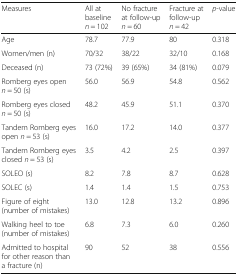
| Measures | All at baseline n = 102 | No fracture at follow-up n = 60 | Fracture at follow-up n = 42 | p-value |
 | --- | --- | --- | --- | --- |
 | Age | 78.7 | 77.9 | 80 | 0.318 |
 | Women/men (n) | 70/32 | 38/22 | 32/10 | 0.168 |
 | Deceased (n) | 73 (72%) | 39 (65%) | 34 (81%) | 0.079 |
 | Romberg eyes open n = 50 (s) | 56.0 | 56.9 | 54.8 | 0.562 |
 | Romberg eyes closed n = 50 (s) | 48.2 | 45.9 | 51.1 | 0.370 |
 | Tandem Romberg eyes open n = 53 (s) | 16.0 | 17.2 | 14.0 | 0.377 |
 | Tandem Romberg eyes closed n = 53 (s) | 3.5 | 4.2 | 2.5 | 0.397 |
 | SOLEO (s) | 8.2 | 7.8 | 8.7 | 0.628 |
 | SOLEC (s) | 1.4 | 1.4 | 1.5 | 0.753 |
 | Figure of eight (number of mistakes) | 13.0 | 12.8 | 13.2 | 0.896 |
 | Walking heel to toe (number of mistakes) | 6.8 | 7.3 | 6.0 | 0.260 |
 | Admitted to hospital for other reason than a fracture (n) | 90 | 52 | 38 | 0.556 |